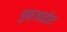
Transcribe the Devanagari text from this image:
गुन्जाईश